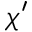
\chi ^ { \prime }